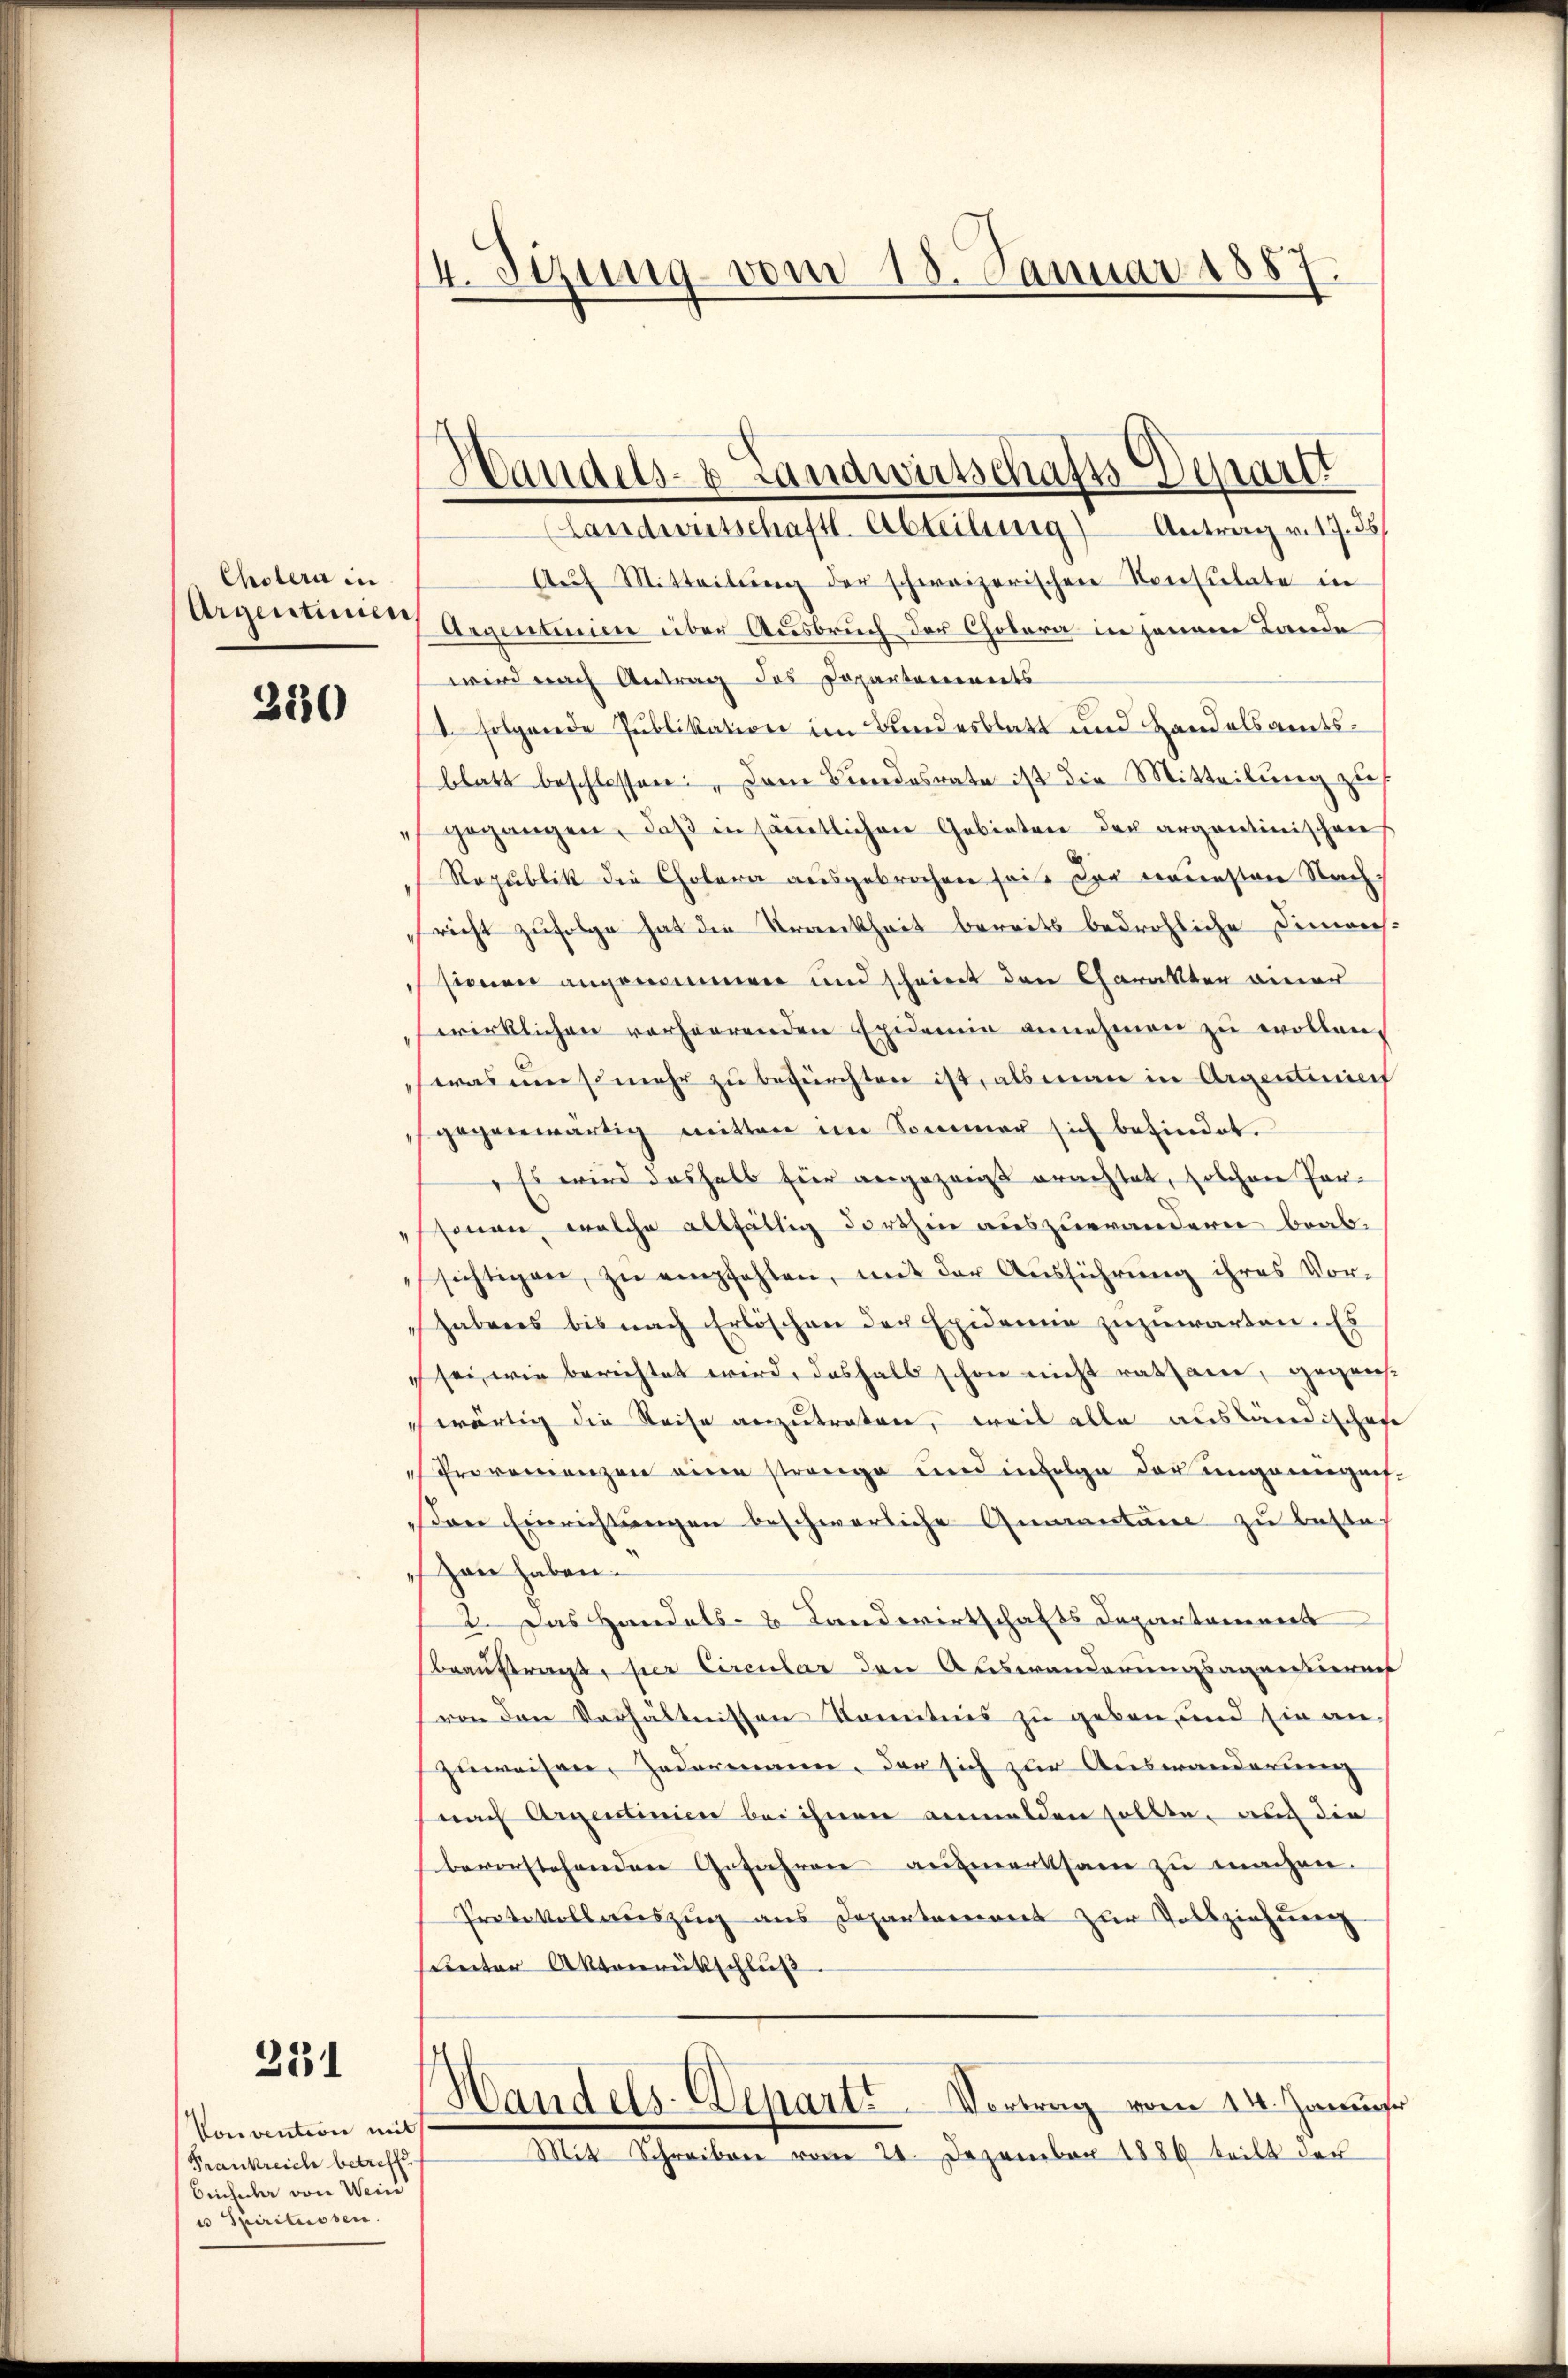
Cholera in
Argentinen.

330

231

Aŭf Mitteilŭng der schweizerischen Konsulate in
Argentinien über Ausbruch der Cholera in jenem Lande
wird nach Antrag des Departanereits
1 folgende Publikation im Bundesblatt und Handelsamtsblatt beschlossen: „Dem Bundesrate ist die Mitteilung zus
gegangen, daß in sämmtlichen Gebieten der argantinischens
Republik die Cholera ausgebrochen sei. Die neuesten Nachricht zufolge hat die Trankheit bereits bedrohliche Dimenssionen angenommen und scheint den Charakten anwe
wirklichen verheerenden Epidemie annehmen zu wollen.
was umsomehr zu befürchten ist, als man in Argentine
gegenwärtig mitten im Sommer sich befindet.
„Es wird deshalb für angezeigt erachtet, solchen Personen, welche allfältig dorthin auszuwändern beabsichtigen, zŭ empfahlen, mit der Aŭsführŭng ihres Vor-
habens bis nach Erlöschen der Exidemie zuzuwarten. Es
sei, wie berichtet wird, deshalb schon nicht rathane, gegenswärtig die Reise anzutraten, weil alle ausländischen
Provenienzen eine strenge und infolge der ungeneignis¬
Den Einrichtungen beschwerliche Gumantane zu bestehan haben.
2. Das Handels- & Landwirtschafts Departaneners
beauftragt, per Circular den Auswanderungsagantierauf
von den Verhältnissen Kenntnis zu geben, und sie an
zuweisen, Zedermann, der sich zur Auswanderung
nach Argenlinien bei ihnen anmelden sollte, auch die
bevorstehenden Gefahren aufmerksam zu machen.
Protokollaŭszŭg ans Departariant zŭr Vollziehŭng
Ceter Aktenrückschlŭβ
¬
Handels-Departe Vortrag vom 14. Januar
Mit Schreiben vom 24. Dezember 1886 teilt der

Convention mit
Frankreich betreffe.
benheiter von Wein
u Spirituosen.

4. Stzung vom 15. Januar 1887.

Handels- & Landwirtschafts Depart
Landwirtschaftl. Abteilung) Antrag v. 17. 35